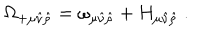
\Omega _ { + \mu \hat { \nu } \hat { \rho } } = \omega _ { \mu \hat { \nu } \hat { \rho } } + H _ { \mu \hat { \nu } \hat { \rho } } ~ .